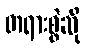
တရားစွဲဆို